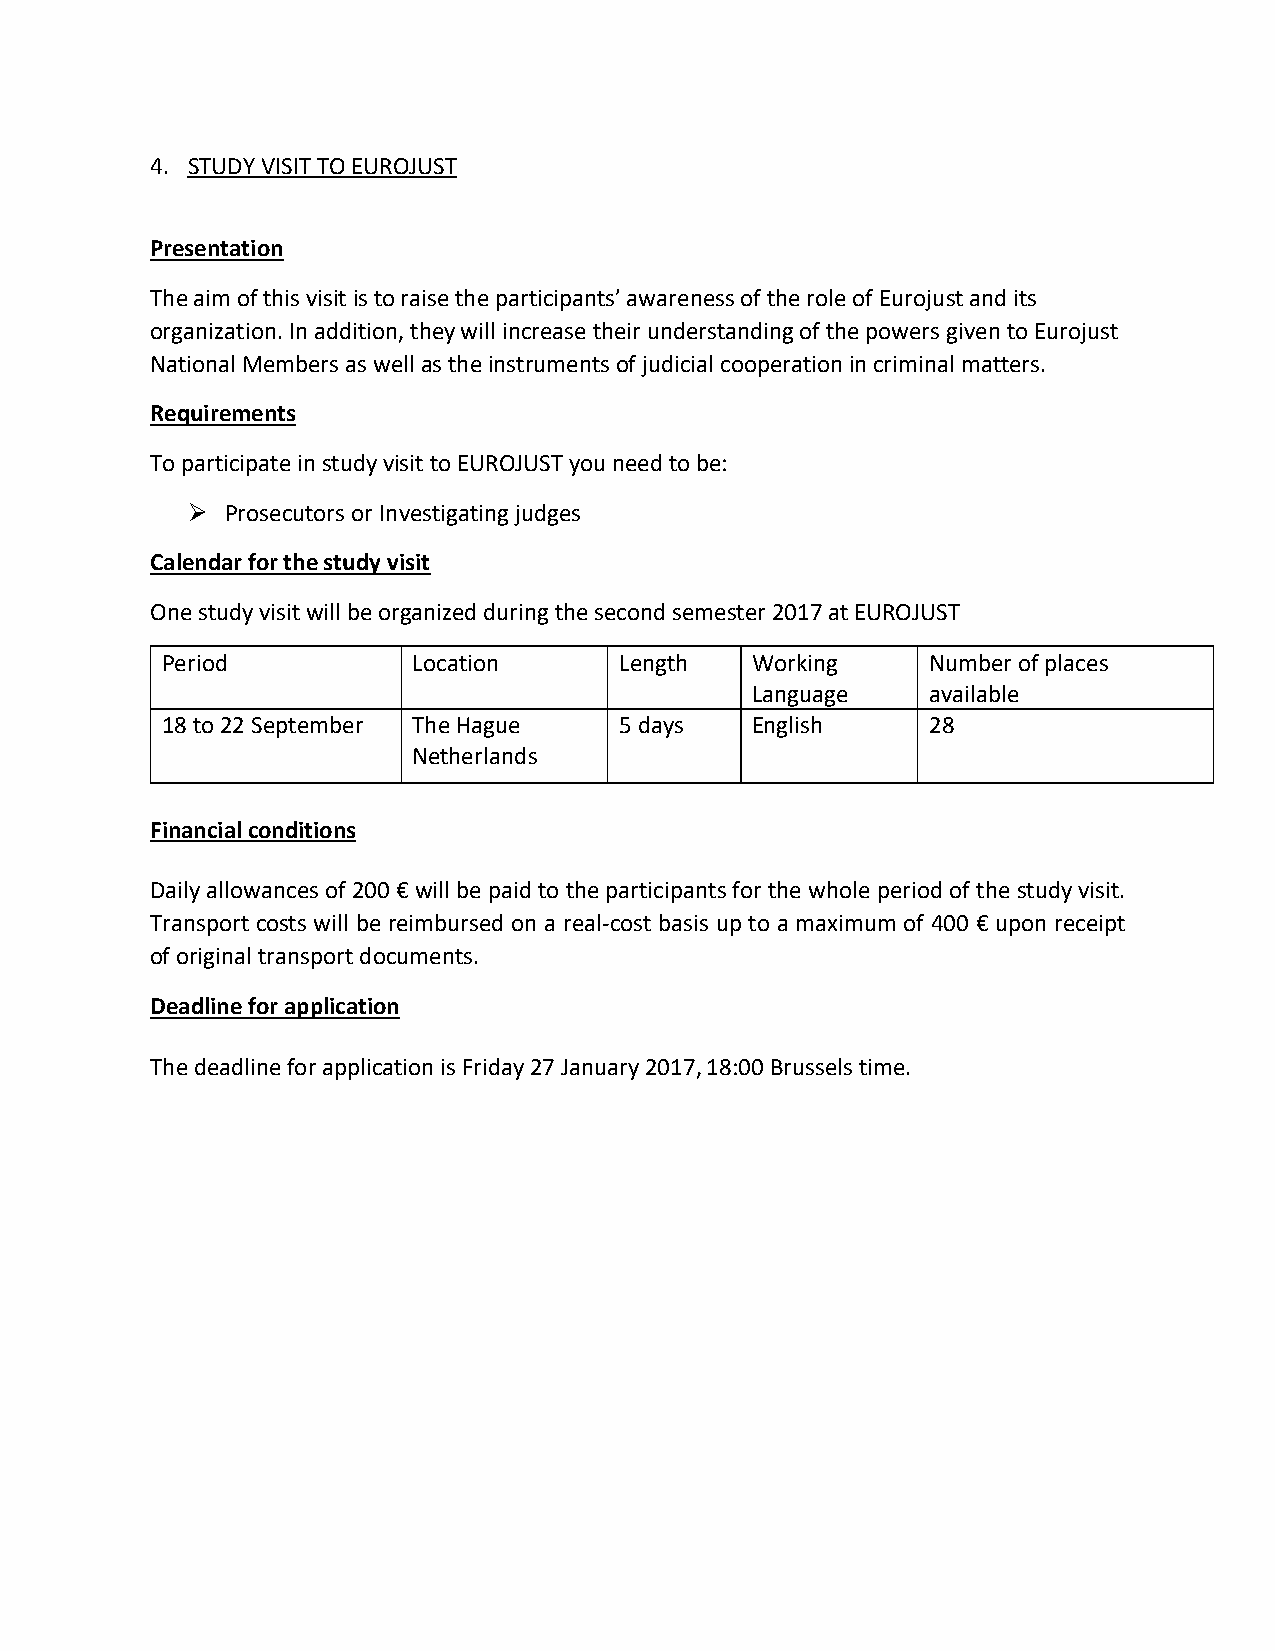
4. STUDY VISIT TO EUROJUST
 Presentation
 The aim of this visit is to raise the participants’ awareness of the role of Eurojust and its
 organization. In addition, they will increase their understanding of the powers given to Eurojust
 National Members as well as the instruments of judicial cooperation in criminal matters.
 Requirements
 To participate in study visit to EUROJUST you need to be:
   Prosecutors or Investigating judges
 Calendar for the study visit
 One study visit will be organized during the second semester 2017 at EUROJUST
 Period          Location      Length   Working     Number of places
 Language    available
 18 to 22 September The Hague  5 days   English     28
 Netherlands
 Financial conditions
 Daily allowances of 200 € will be paid to the participants for the whole period of the study visit.
 Transport costs will be reimbursed on a real-cost basis up to a maximum of 400 € upon receipt
 of original transport documents.
 Deadline for application
 The deadline for application is Friday 27 January 2017, 18:00 Brussels time.